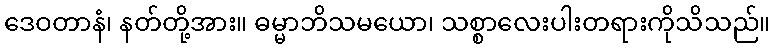
ဒေဝတာနံ၊ နတ်တို့အား။ ဓမ္မာဘိသမယော၊ သစ္စာလေးပါးတရားကိုသိသည်။